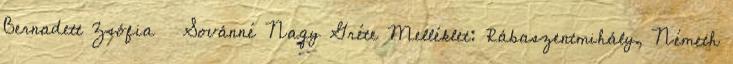
Bernadett Zsófia Sovánné Nagy Gréte Melléklet: Rábaszentmihály, Németh